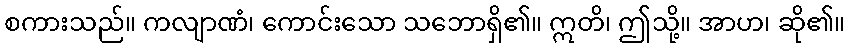
စကားသည်။ ကလျာဏံ၊ ကောင်းသော သဘောရှိ၏။ ဣတိ၊ ဤသို့။ အာဟ၊ ဆို၏။